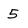
Character: 5